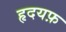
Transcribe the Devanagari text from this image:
हृदयफ़